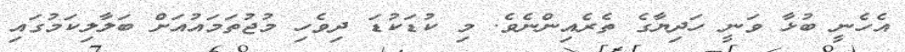
އެހެނީ ބުޅާ ވަނީ ހަދިޔާގެ ތެރެއިންނެވެ. މި ކުޑަކުޑަ ދިވެހި މުޖުތަމައުއަށް ބަލާލިކަމުގައި